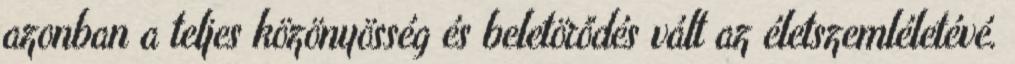
azonban a teljes közönyösség és beletörődés vált az életszemléletévé.